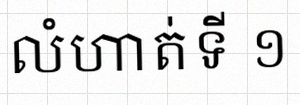
លំហាត់ទី ១